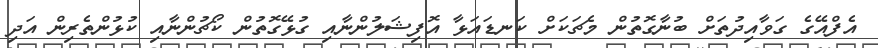
އެފްއޭގެ ގަވާއިދުތަށް ބުނާގޮތުން މެޗަކަށް ކަނޑައަޅާ އޮފިޝަލުންނާއި ގުޅޭގޮތުން ކޯޗުންނާއި ކުޅުންތެރިން އަދި